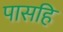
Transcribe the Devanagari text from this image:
पासहि